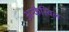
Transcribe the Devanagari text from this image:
अन्कैस्विल